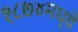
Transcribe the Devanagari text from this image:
१८७४मध्ये